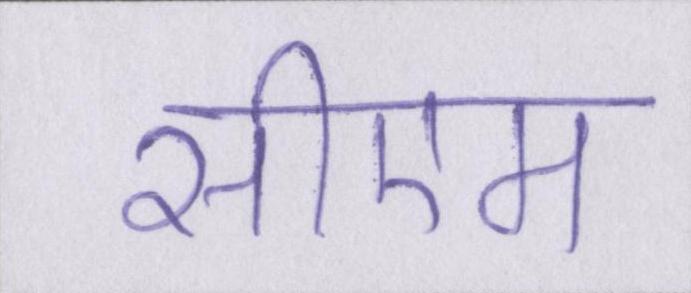
सीएम